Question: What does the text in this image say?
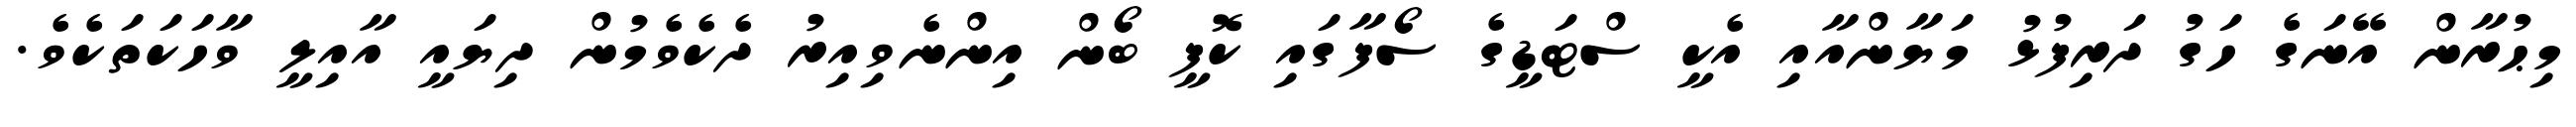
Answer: މިޙުރާން އޭނަގެ ހަގު ދަރިފުޅު މަޔާންއާއި އެކީ ސްޓަޑީގެ ސޯފާގައި ކޮފީ ބޯން އިންނެވިއިރު ދެކެވެމުން ދިޔައީ އާއިލީ ވާހަކަތަކެވެ.